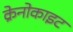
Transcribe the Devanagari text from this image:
क्रेनोकाइट